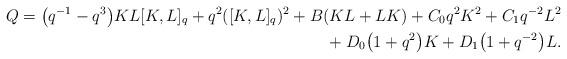
LaTeX: \begin{align*}Q= \big(q^{-1}-q^3\big)KL[K,L]_q + q^2 ([K,L]_q )^2+B(KL+LK)+C_0q^2K^2+C_1q^{-2}L^2\\\hphantom{Q= }{} + D_0\big(1+q^2\big)K+D_1\big(1+q^{-2}\big)L. \end{align*}